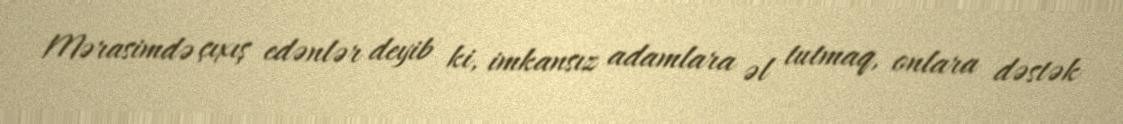
Mərasimdə çıxış edənlər deyib ki, imkansız adamlara əl tutmaq, onlara dəstək